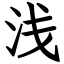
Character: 浅